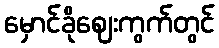
မှောင်ခိုဈေးကွက်တွင်